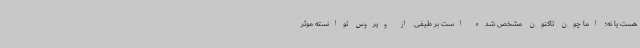
هست یا نه؛ اما چون تاکنون مشخص شده است بر طیفی از ویروس توانسته موثر